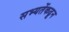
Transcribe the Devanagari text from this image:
सभ्यतेंकढून